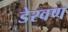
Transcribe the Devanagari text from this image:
डेरवण